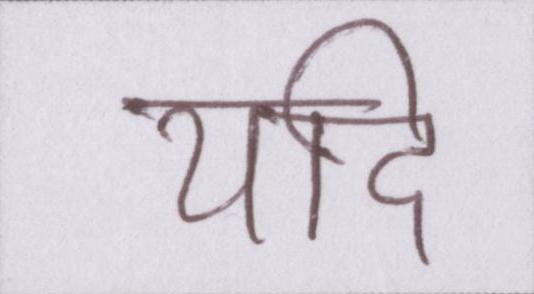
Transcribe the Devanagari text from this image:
यदि